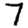
Digit: 7